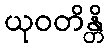
ယုဝတိန္တိ